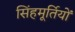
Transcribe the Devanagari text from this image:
सिंहमूर्तियों